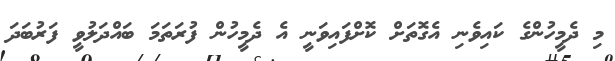
މި ދެމީހުންގެ ކައިވެނި އެގޮތަށް ކޮށްފައިވަނީ އެ ދެމީހުން ފުރަތަމަ ބައްދަލުވީ ފަރުބަދަ